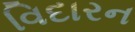
વિદારન